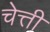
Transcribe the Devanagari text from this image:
चेत्ती